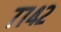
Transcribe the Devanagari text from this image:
७७४२